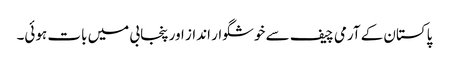
پاکستان کے آرمی چیف سے خوشگوار انداز اور پنجابی میں بات ہوئی۔